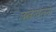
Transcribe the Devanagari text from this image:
लखेनॉलने